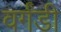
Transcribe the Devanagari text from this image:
वर्गंडी